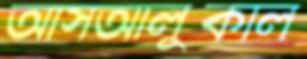
আসআলুকাল